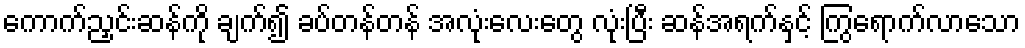
ကောက်ညှင်းဆန်ကို ချက်၍ ခပ်တန်တန် အလုံးလေးတွေ လုံးပြီး ဆန်အရက်နှင့် ကြွရောက်လာသော